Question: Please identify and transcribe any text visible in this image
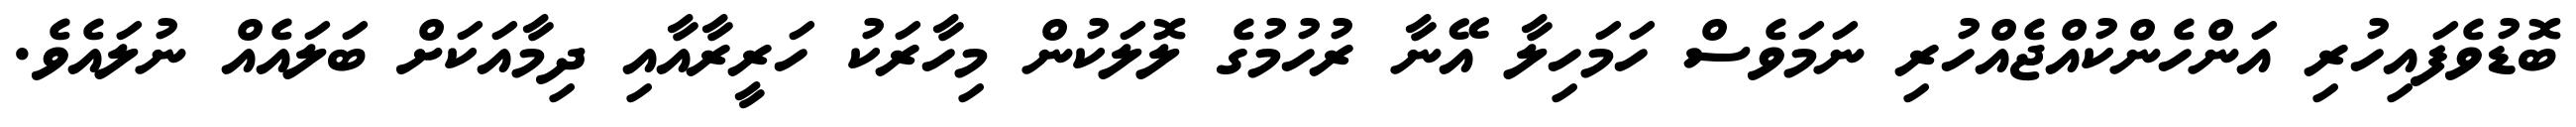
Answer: ބޮޑުވެފައިހުރި އަންހެންކުއްޖެއްހުރި ނަމަވެސް ހަމަހިލާ އޭނާ ރުހުމުގެ ލޮލަކުން މިހާރަކު ހަރީރާއާއި ދިމާއަކަށް ބަލައެއް ނުލައެވެ.